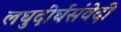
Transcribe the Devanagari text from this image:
लघुदीर्घसंवेदी